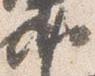
納